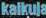
kaikuja